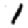
Digit: 1